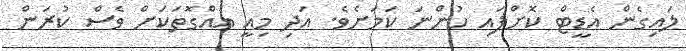
ލައިގެން އެޑީޓް ކޮށްފައި ހުންނަ ކަމަށެވެ. އަދި މިއީ އެއްގޮތަކަށް ވެސް ކުރަން